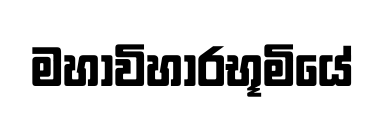
මහාවිහාරභූමියේ